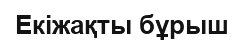
Екіжақты бұрыш